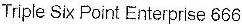
TRIPLE SIX POINT ENTERPRISE 666